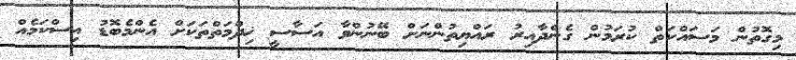
މިގޮތުން މަސައްކަތް ކުރަމުން ގެންދާއިރު ރައްޔިތުންނަށް ބޭނުންވާ އަސާސީ ޚިދްމަތްތަކަށް އެންމެބޮޑު އިސްކަމެއް